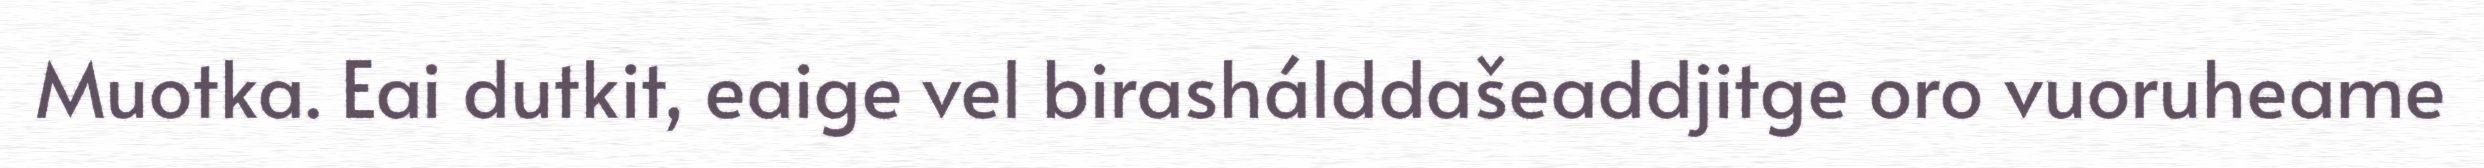
Muotka. Eai dutkit, eaige vel birashálddašeaddjitge oro vuoruheame